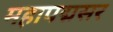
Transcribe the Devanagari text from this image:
महापद्मसर